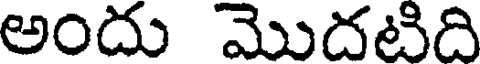
అందు మొదటిది